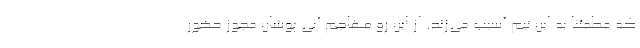
که مطمئنا به این تیم آسیب می‌زند. از این رو مهاجم آبی پوشان مجوز حضور